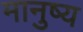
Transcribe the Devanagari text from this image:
मानुष्य